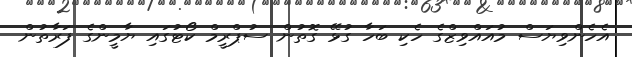
އެހެންވިޔަސް މުއައްވިޒްގެ ހެކި ބަހާ ގުޅޭ ގޮތުން ސުޕްރީމް ކޯޓުގައި ޔާމީންގެ ފަރާތުން